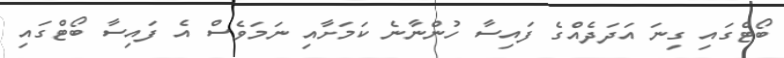
ބޯޓްގައި ގިނަ އަދަދެއްގެ ފައިސާ ހުންނާނެ ކަަމަށާއި ނަމަވެސް އެ ފައިސާ ބޯޓްގައި